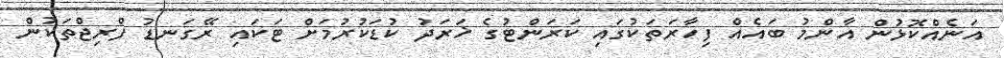
އަނެއްކޮޅުން އާންމު ބައެއް ފިހާރަތަކުގައި ކަރަންޓުގެ ޚަރަދު ކުޑަކުރުމަށް ޓަކައި ރޭގަނޑު ފްރިޖްތަކުން